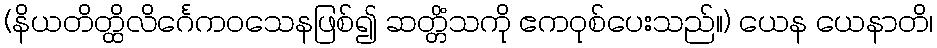
(နိယတိတ္ထိလိင်္ဂေကဝသေနဖြစ်၍ ဆတ္တိံသကို ဧကဝုစ်ပေးသည်။) ယေန ယေနာတိ၊